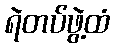
ရဲတပ်ဖွဲ့ထံ